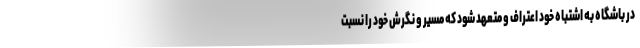
در باشگاه به اشتباه خود اعتراف و متعهد شود که مسیر و نگرش خود را نسبت